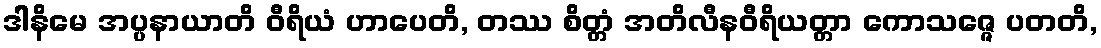
ဒါနိမေ အပ္ပနာယာတိ ဝီရိယံ ဟာပေတိ, တဿ စိတ္တံ အတိလီနဝီရိယတ္တာ ကောသဇ္ဇေ ပတတိ,